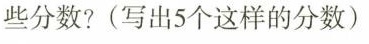
些分数?(写出5个这样的分数)